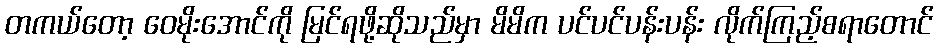
တကယ်တော့ ဝေမိုးအောင်ကို မြင်ရဖို့ဆိုသည်မှာ မိမိက ပင်ပင်ပန်းပန်း လိုက်ကြည့်စရာတောင်